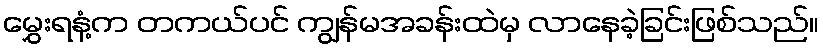
မွှေးရနံ့က တကယ်ပင် ကျွန်မအခန်းထဲမှ လာနေခဲ့ခြင်းဖြစ်သည်။